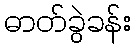
ဓာတ်ခွဲခန်း